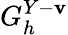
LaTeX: G_{h}^{Y-\mathbf{v}}